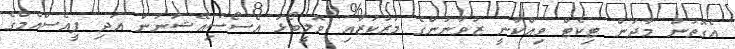
އެގޮތުން މާދަން ޓިކެޓް ވިއްކާނީ ޒުވާނުންގެ މަރުކަޒާއި ވޮލީބޯޅަ އެސޯސިއޭޝަނުން އަދި ޕީއެސްއެމްގެ